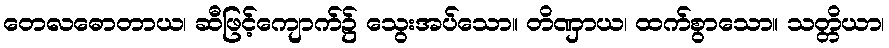
တေလဓောတာယ၊ ဆီဖြင့်ကျောက်၌ သွေးအပ်သော။ တိဏှာယ၊ ထက်စွာသော။ သတ္တိယာ၊